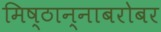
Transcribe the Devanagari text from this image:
मिष्ठान्नाबरोबर